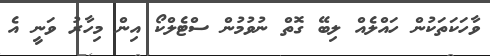
ވާހަކަތަކުން ހައްލެއް ލިބޭ ގޮތް ނުވުމުން ސްޓެލްކޯ އިން މިހާރު ވަނީ އެ